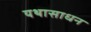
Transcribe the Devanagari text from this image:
यथासाधन